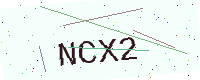
Text: NCX2